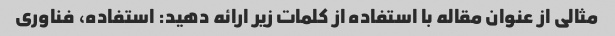
مثالی از عنوان مقاله با استفاده از کلمات زیر ارائه دهید: استفاده، فناوری